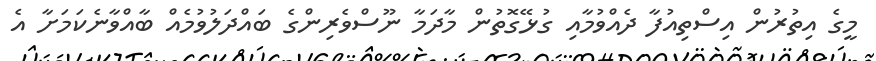
މީގެ އިތުރުން އިސްތިއުފާ ދެއްވުމާއި ގުޅޭގޮތުން މާދަމާ ނޫސްވެރިންގެ ބައްދަލުވުމެއް ބާއްވާނެކަމަށާ އެ